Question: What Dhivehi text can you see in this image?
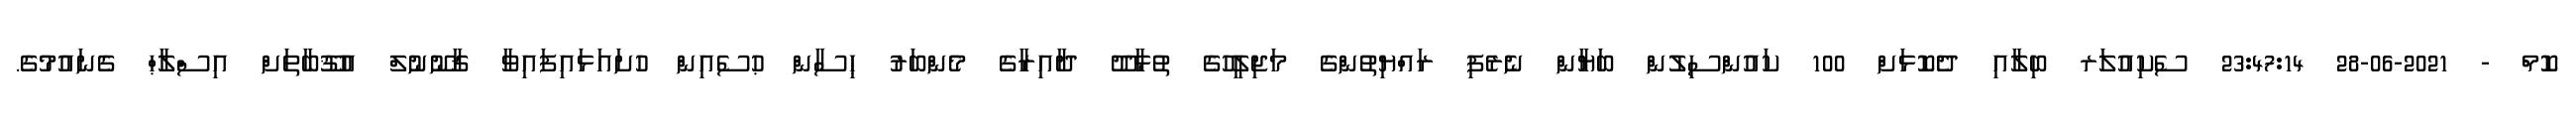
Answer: ކޮމް - 2021-06-28 23:47:14 ސެކިއުލަރ ބިލާއި ދެކޮޅަށް 100 ކައުންސިލުން ބަޔާން ނެރެފި ރައްޔިތުންގެ މަޖިލީހުގެ ތުޅާދޫ ދާއިރާގެ މެންބަރު ޙިސާން ޙުސެއިން ހުށައަޅައިފައިވާ ޤާނޫނުލް އުޤޫބާތަށް އިސްލާޙް ގެނައުމުގެ.